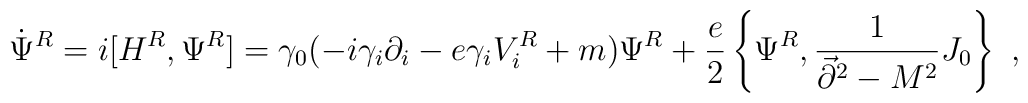
\dot\Psi^R=i[H^R,\Psi^R]=\gamma_0(-i\gamma_i\partial_i-e\gamma_i V^R_i +m)\Psi^R +{e\over 2}\left\{\Psi^R,{1\over \vec{\partial}^2-M^2}J_0\right\}~,